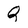
Character: Q